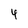
Character: 4